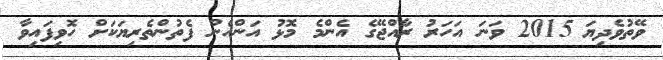
ވޭތުވެދިޔަ 2015 ވަނަ އަހަރު ރާއްޖޭގެ އެންމެ މޮޅު އަންހެން ފެތުންތެރިޔަކަށް ހޮވިފައިވާ